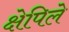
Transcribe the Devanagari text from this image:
क्षेपिले